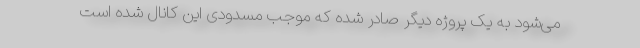
می‌شود به یک پروژه دیگر صادر شده که موجب مسدودی این کانال شده است